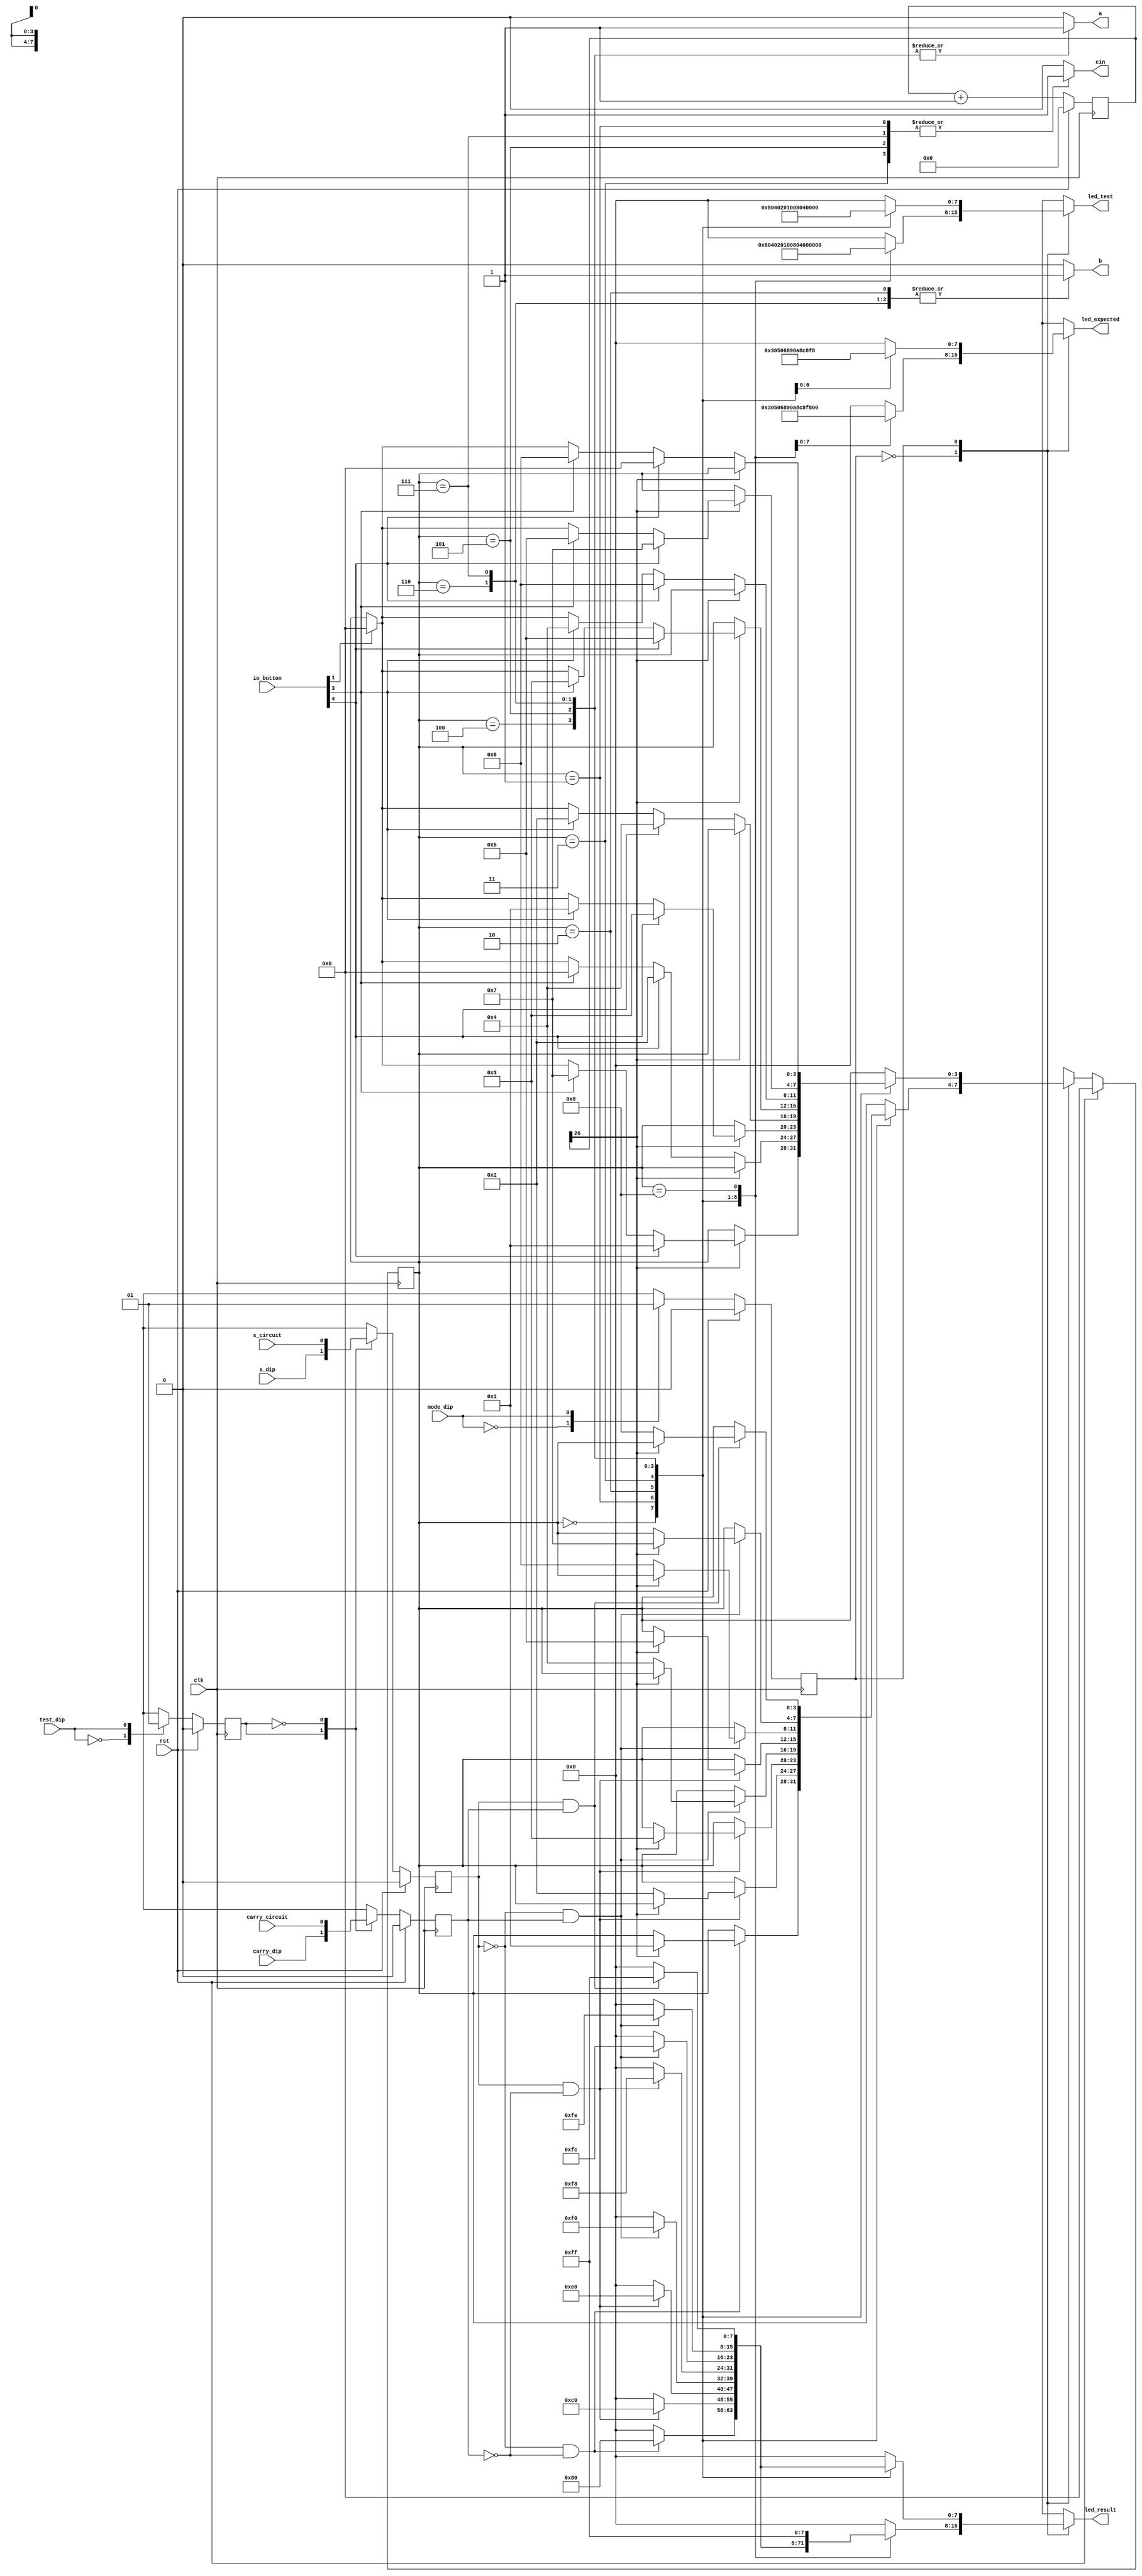
/*
   This file was generated automatically by the Mojo IDE version B1.3.6.
   Do not edit this file directly. Instead edit the original Lucid source.
   This is a temporary file and any changes made to it will be destroyed.
*/

module eight_tester_2 (
    input clk,
    input rst,
    output reg a,
    output reg b,
    output reg cin,
    input s_circuit,
    input carry_circuit,
    input mode_dip,
    input test_dip,
    input [4:0] io_button,
    input s_dip,
    input carry_dip,
    output reg [7:0] led_expected,
    output reg [7:0] led_result,
    output reg [7:0] led_test
  );
  
  
  
  reg [26:0] M_counter_d, M_counter_q = 1'h0;
  localparam ONE_state = 4'd0;
  localparam TWO_state = 4'd1;
  localparam THREE_state = 4'd2;
  localparam FOUR_state = 4'd3;
  localparam FIVE_state = 4'd4;
  localparam SIX_state = 4'd5;
  localparam SEVEN_state = 4'd6;
  localparam EIGHT_state = 4'd7;
  localparam PASS_state = 4'd8;
  
  reg [3:0] M_state_d, M_state_q = ONE_state;
  localparam AUTO_mode = 1'd0;
  localparam MANUAL_mode = 1'd1;
  
  reg M_mode_d, M_mode_q = AUTO_mode;
  localparam CIRCUIT_test = 1'd0;
  localparam DIP_test = 1'd1;
  
  reg M_test_d, M_test_q = CIRCUIT_test;
  reg [0:0] M_s_d, M_s_q = 1'h0;
  reg [0:0] M_carry_d, M_carry_q = 1'h0;
  
  always @* begin
    M_test_d = M_test_q;
    M_state_d = M_state_q;
    M_mode_d = M_mode_q;
    M_s_d = M_s_q;
    M_counter_d = M_counter_q;
    M_carry_d = M_carry_q;
    
    M_counter_d = M_counter_q + 1'h1;
    led_test = 1'h0;
    led_result = 1'h0;
    led_expected = 1'h0;
    led_test = 1'h0;
    a = 1'h0;
    b = 1'h0;
    cin = 1'h0;
    M_s_d = s_circuit;
    M_carry_d = carry_circuit;
    
    case (mode_dip)
      1'h0: begin
        M_mode_d = AUTO_mode;
      end
      1'h1: begin
        M_mode_d = MANUAL_mode;
      end
    endcase
    
    case (test_dip)
      1'h0: begin
        M_test_d = CIRCUIT_test;
      end
      1'h1: begin
        M_test_d = DIP_test;
      end
    endcase
    
    case (M_test_q)
      DIP_test: begin
        M_s_d = s_dip;
        M_carry_d = carry_dip;
      end
      CIRCUIT_test: begin
        M_s_d = s_circuit;
        M_carry_d = carry_circuit;
      end
    endcase
    
    case (M_mode_q)
      AUTO_mode: begin
        
        case (M_state_q)
          ONE_state: begin
            led_expected = 8'h00;
            led_test = 8'h80;
            a = 1'h0;
            b = 1'h0;
            cin = 1'h0;
            if (M_s_q == 1'h0 && M_carry_q == 1'h0) begin
              led_result = 8'h80;
              if (M_counter_q[26+0-:1] == 1'h1) begin
                M_state_d = TWO_state;
              end
            end
          end
          TWO_state: begin
            led_expected = 8'h30;
            led_test = 8'h40;
            a = 1'h0;
            b = 1'h0;
            cin = 1'h1;
            if (M_s_q == 1'h1 && M_carry_q == 1'h0) begin
              led_result = 8'hc0;
              if (M_counter_q[26+0-:1] == 1'h0) begin
                M_state_d = THREE_state;
              end
            end
          end
          THREE_state: begin
            led_expected = 8'h50;
            led_test = 8'h20;
            a = 1'h0;
            b = 1'h1;
            cin = 1'h0;
            if (M_s_q == 1'h1 && M_carry_q == 1'h0) begin
              led_result = 8'he0;
              if (M_counter_q[26+0-:1] == 1'h1) begin
                M_state_d = FOUR_state;
              end
            end
          end
          FOUR_state: begin
            led_expected = 8'h68;
            led_test = 8'h10;
            a = 1'h0;
            b = 1'h1;
            cin = 1'h1;
            if (M_s_q == 1'h0 && M_carry_q == 1'h1) begin
              led_result = 8'hf0;
              if (M_counter_q[26+0-:1] == 1'h0) begin
                M_state_d = FIVE_state;
              end
            end
          end
          FIVE_state: begin
            led_expected = 8'h90;
            led_test = 8'h08;
            a = 1'h1;
            b = 1'h0;
            cin = 1'h0;
            if (M_s_q == 1'h1 && M_carry_q == 1'h0) begin
              led_result = 8'hf8;
              if (M_counter_q[26+0-:1] == 1'h1) begin
                M_state_d = SIX_state;
              end
            end
          end
          SIX_state: begin
            led_expected = 8'ha8;
            led_test = 8'h04;
            a = 1'h1;
            b = 1'h0;
            cin = 1'h1;
            if (M_s_q == 1'h0 && M_carry_q == 1'h1) begin
              led_result = 8'hfc;
              if (M_counter_q[26+0-:1] == 1'h0) begin
                M_state_d = SEVEN_state;
              end
            end
          end
          SEVEN_state: begin
            led_expected = 8'hc8;
            led_test = 8'h02;
            a = 1'h1;
            b = 1'h1;
            cin = 1'h0;
            if (M_s_q == 1'h0 && M_carry_q == 1'h1) begin
              led_result = 8'hfe;
              if (M_counter_q[26+0-:1] == 1'h1) begin
                M_state_d = EIGHT_state;
              end
            end
          end
          EIGHT_state: begin
            led_expected = 8'hf8;
            led_test = 8'h01;
            a = 1'h1;
            b = 1'h1;
            cin = 1'h1;
            if (M_s_q == 1'h1 && M_carry_q == 1'h1) begin
              led_result = 8'hff;
              if (M_counter_q[26+0-:1] == 1'h0) begin
                M_state_d = PASS_state;
              end
            end
          end
          PASS_state: begin
            led_expected = 8'hff;
            led_test = 8'hff;
            led_result = 8'hff;
          end
        endcase
      end
      MANUAL_mode: begin
        
        case (M_state_q)
          ONE_state: begin
            led_expected = 8'h00;
            led_test = 8'h80;
            a = 1'h0;
            b = 1'h0;
            cin = 1'h0;
            if (M_s_q == 1'h0 && M_carry_q == 1'h0) begin
              led_result = 8'h80;
            end
            if (M_counter_q[26+0-:1] == 1'h1) begin
              if (io_button[4+0-:1] == 1'h1) begin
                M_state_d = TWO_state;
              end else begin
                if (io_button[3+0-:1] == 1'h1) begin
                  M_state_d = EIGHT_state;
                end else begin
                  if (io_button[1+0-:1] == 1'h1) begin
                    M_state_d = ONE_state;
                  end
                end
              end
            end
          end
          TWO_state: begin
            led_expected = 8'h30;
            led_test = 8'h40;
            a = 1'h0;
            b = 1'h0;
            cin = 1'h1;
            if (M_s_q == 1'h1 && M_carry_q == 1'h0) begin
              led_result = 8'hc0;
            end
            if (M_counter_q[26+0-:1] == 1'h0) begin
              if (io_button[4+0-:1] == 1'h1) begin
                M_state_d = THREE_state;
              end else begin
                if (io_button[3+0-:1] == 1'h1) begin
                  M_state_d = ONE_state;
                end else begin
                  if (io_button[1+0-:1] == 1'h1) begin
                    M_state_d = ONE_state;
                  end
                end
              end
            end
          end
          THREE_state: begin
            led_expected = 8'h50;
            led_test = 8'h20;
            a = 1'h0;
            b = 1'h1;
            cin = 1'h0;
            if (M_s_q == 1'h1 && M_carry_q == 1'h0) begin
              led_result = 8'he0;
            end
            if (M_counter_q[26+0-:1] == 1'h1) begin
              if (io_button[4+0-:1] == 1'h1) begin
                M_state_d = FOUR_state;
              end else begin
                if (io_button[3+0-:1] == 1'h1) begin
                  M_state_d = TWO_state;
                end else begin
                  if (io_button[1+0-:1] == 1'h1) begin
                    M_state_d = ONE_state;
                  end
                end
              end
            end
          end
          FOUR_state: begin
            led_expected = 8'h68;
            led_test = 8'h10;
            a = 1'h0;
            b = 1'h1;
            cin = 1'h1;
            if (M_s_q == 1'h0 && M_carry_q == 1'h1) begin
              led_result = 8'hf0;
            end
            if (M_counter_q[26+0-:1] == 1'h0) begin
              if (io_button[4+0-:1] == 1'h1) begin
                M_state_d = FIVE_state;
              end else begin
                if (io_button[3+0-:1] == 1'h1) begin
                  M_state_d = THREE_state;
                end else begin
                  if (io_button[1+0-:1] == 1'h1) begin
                    M_state_d = ONE_state;
                  end
                end
              end
            end
          end
          FIVE_state: begin
            led_expected = 8'h90;
            led_test = 8'h08;
            a = 1'h1;
            b = 1'h0;
            cin = 1'h0;
            if (M_s_q == 1'h1 && M_carry_q == 1'h0) begin
              led_result = 8'hf8;
            end
            if (M_counter_q[26+0-:1] == 1'h1) begin
              if (io_button[4+0-:1] == 1'h1) begin
                M_state_d = SIX_state;
              end else begin
                if (io_button[3+0-:1] == 1'h1) begin
                  M_state_d = FOUR_state;
                end else begin
                  if (io_button[1+0-:1] == 1'h1) begin
                    M_state_d = ONE_state;
                  end
                end
              end
            end
          end
          SIX_state: begin
            led_expected = 8'ha8;
            led_test = 8'h04;
            a = 1'h1;
            b = 1'h0;
            cin = 1'h1;
            if (M_s_q == 1'h0 && M_carry_q == 1'h1) begin
              led_result = 8'hfc;
            end
            if (M_counter_q[26+0-:1] == 1'h0) begin
              if (io_button[4+0-:1] == 1'h1) begin
                M_state_d = SEVEN_state;
              end else begin
                if (io_button[3+0-:1] == 1'h1) begin
                  M_state_d = FIVE_state;
                end else begin
                  if (io_button[1+0-:1] == 1'h1) begin
                    M_state_d = ONE_state;
                  end
                end
              end
            end
          end
          SEVEN_state: begin
            led_expected = 8'hc8;
            led_test = 8'h02;
            a = 1'h1;
            b = 1'h1;
            cin = 1'h0;
            if (M_s_q == 1'h0 && M_carry_q == 1'h1) begin
              led_result = 8'hfe;
            end
            if (M_counter_q[26+0-:1] == 1'h1) begin
              if (io_button[4+0-:1] == 1'h1) begin
                M_state_d = EIGHT_state;
              end else begin
                if (io_button[3+0-:1] == 1'h1) begin
                  M_state_d = SIX_state;
                end else begin
                  if (io_button[1+0-:1] == 1'h1) begin
                    M_state_d = ONE_state;
                  end
                end
              end
            end
          end
          EIGHT_state: begin
            led_expected = 8'hf8;
            led_test = 8'h01;
            a = 1'h1;
            b = 1'h1;
            cin = 1'h1;
            if (M_s_q == 1'h1 && M_carry_q == 1'h1) begin
              led_result = 8'hff;
            end
            if (M_counter_q[26+0-:1] == 1'h0) begin
              if (io_button[4+0-:1] == 1'h1) begin
                M_state_d = ONE_state;
              end else begin
                if (io_button[3+0-:1] == 1'h1) begin
                  M_state_d = SEVEN_state;
                end else begin
                  if (io_button[1+0-:1] == 1'h1) begin
                    M_state_d = ONE_state;
                  end
                end
              end
            end
          end
        endcase
      end
    endcase
  end
  
  always @(posedge clk) begin
    if (rst == 1'b1) begin
      M_counter_q <= 1'h0;
      M_s_q <= 1'h0;
      M_carry_q <= 1'h0;
      M_state_q <= 1'h0;
      M_mode_q <= 1'h0;
      M_test_q <= 1'h0;
    end else begin
      M_counter_q <= M_counter_d;
      M_s_q <= M_s_d;
      M_carry_q <= M_carry_d;
      M_state_q <= M_state_d;
      M_mode_q <= M_mode_d;
      M_test_q <= M_test_d;
    end
  end
  
endmodule